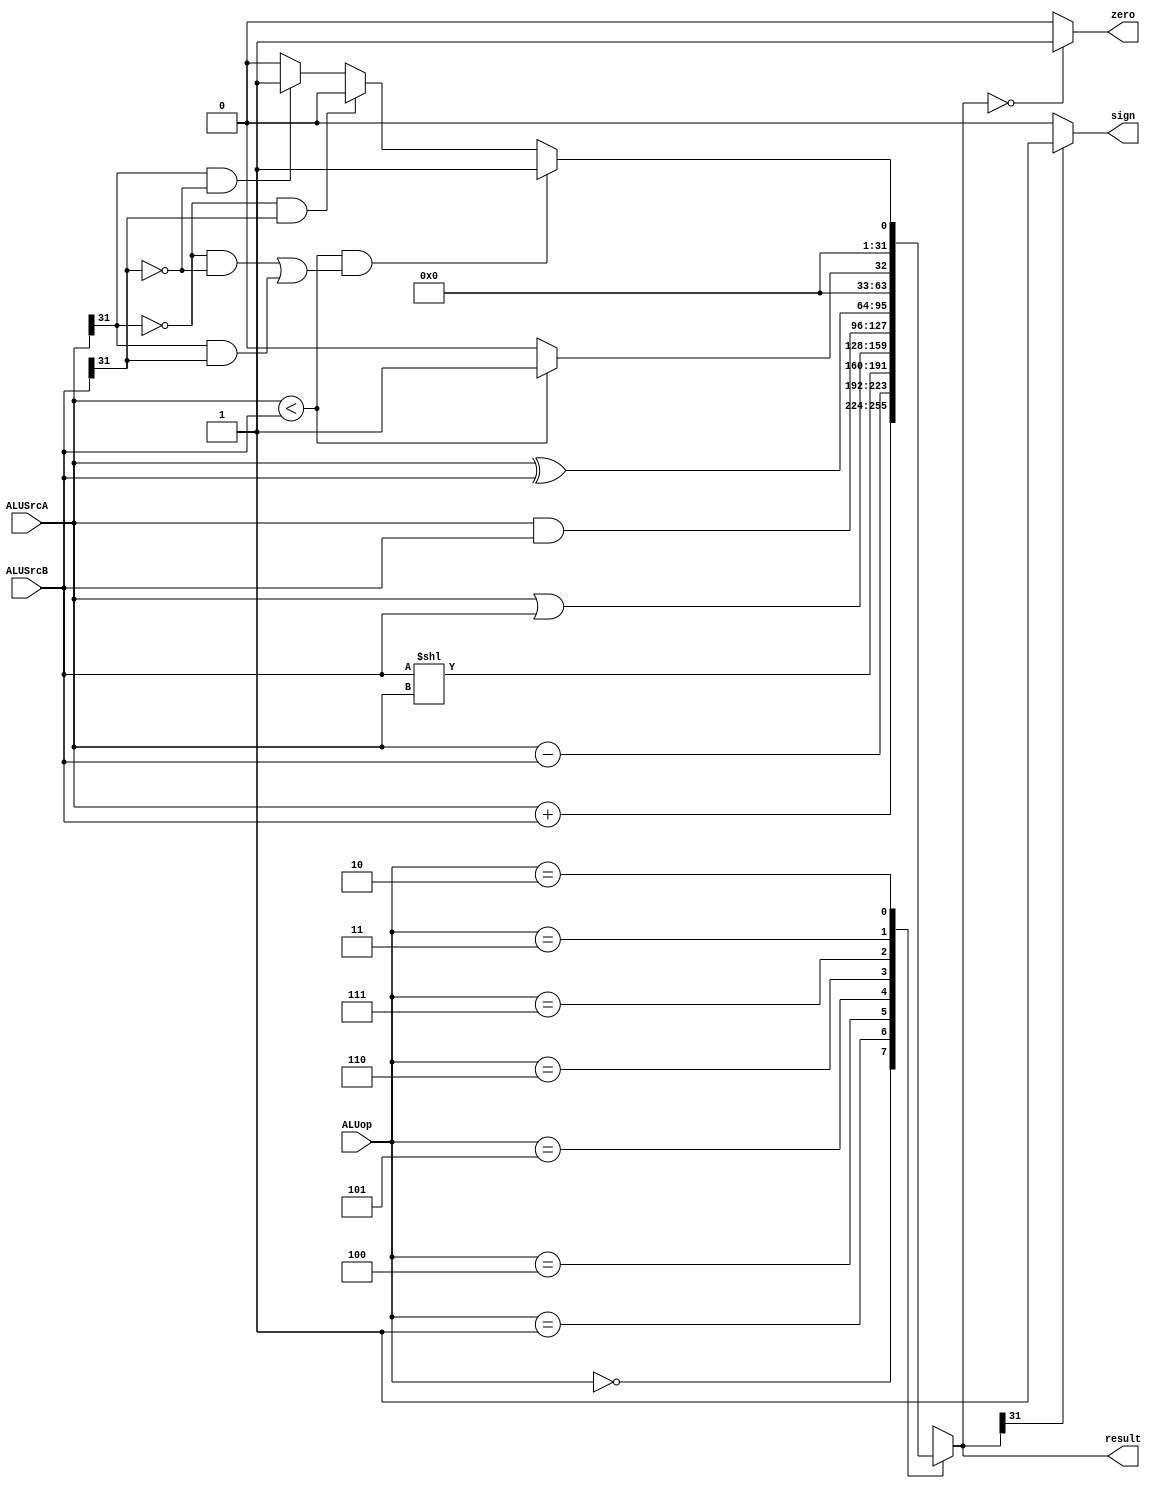
`timescale 1ns / 1ps

module ALU(
    input [31:0] ALUSrcA,
    input [31:0] ALUSrcB,
    input [2:0] ALUop,
    output zero,
    output sign,
    output reg[31:0] result
    );
	 
    always@( ALUop or ALUSrcA or ALUSrcB) begin
		case( ALUop )
			3'b000: result = ALUSrcA + ALUSrcB;
			3'b001: result = ALUSrcA - ALUSrcB;
			3'b100: result = ALUSrcB << ALUSrcA;
			3'b101: result = ALUSrcA | ALUSrcB;
			3'b110: result = ALUSrcA & ALUSrcB;
			3'b111: result = ALUSrcA ^ ALUSrcB; //
			3'b011: result = (ALUSrcA < ALUSrcB) ? 1 : 0;
            3'b010: begin //AB
                if (ALUSrcA < ALUSrcB &&((ALUSrcA[31] == 0 && ALUSrcB[31]==0) || (ALUSrcA[31] == 1 && ALUSrcB[31]==1))) result = 1;
                else if (ALUSrcA[31] == 0 && ALUSrcB[31]==1)  result = 0;
                else if (ALUSrcA[31] == 1 && ALUSrcB[31]==0)  result = 1;
                else result = 0;
		    end
		endcase 
	end
	assign zero = (result == 0) ? 1 : 0;
	assign sign = (result[31] == 0) ? 0 : 1;
endmodule